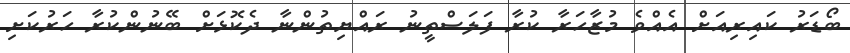
ބޯޑަރު ކައިރިއަށް އެއްވެ މުޒާހަރާ ކުރާ ފަލަސްތީނު ރައްޔިތުންނާ ދެކޮޅަށް ބޭނުންކުރާ ހަރުކަށި